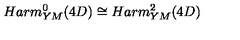
H a r m _ { Y M } ^ { 0 } ( 4 D ) \cong H a r m _ { Y M } ^ { 2 } ( 4 D )